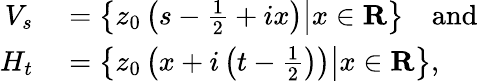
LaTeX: \begin{array}{rl}{V_{s}}&{{}=\left\{ \left.z_{0}\left(s-{\frac{1}{2}}+ix\right)\right\vert x\in\mathbf{R}\right\} \quad{\mathrm{and}}}\\ {H_{t}}&{{}=\left\{ \left.z_{0}\left(x+i\left(t-{\frac{1}{2}}\right)\right)\right\vert x\in\mathbf{R}\right\} ,}\end{array}